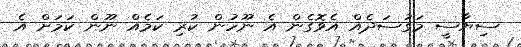
ސިޔާސީ މަގުސަދެއް އެވޮގެން އެ ނޫހުން ކުރި ކަމެއް ނޫން ކަމަށް އެ